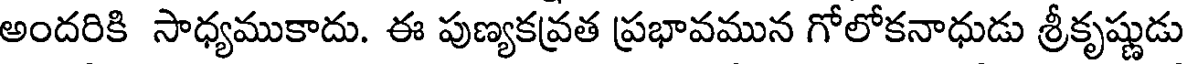
అందరికి సాధ్యముకాదు. ఈ పుణ్యకవ్రత ప్రభావమున గోలోకనాధుడు శ్రీకృష్ణుడు